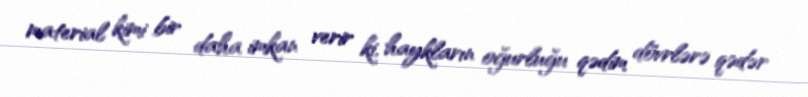
material kimi bir daha imkan verir ki, haykların oğurluğu qədim dövrlərə qədər